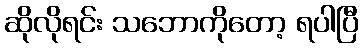
ဆိုလိုရင်း သဘောကိုတော့ ရပါပြီ